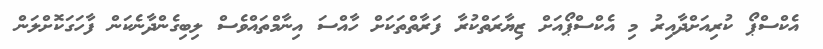
އެކްސްޕޯ ކުރިއަށްދާއިރު މި އެކްސްޕޯއަށް ޒިޔާރަތްކުރާ ފަރާތްތަކަށް ހާއްސަ އިނާމްތައްވެސް ލިބިގެންދާނެކަން ފާހަގަކޮށްލަން